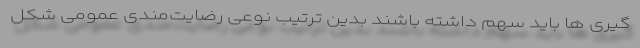
گیری ها باید سهم داشته باشند بدین ترتیب نوعی رضایت‌مندی عمومی شکل